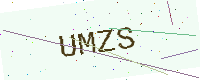
Text: UMZS